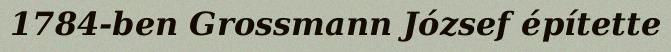
1784-ben Grossmann József építette